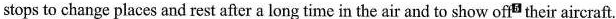
stops to change places and rest after a long time in the air and to show of their aircraft.